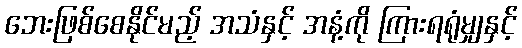
ဘေးဖြစ်စေနိုင်မည့် အသံနှင့် အနံ့ကို ကြားရရုံမျှနှင့်